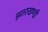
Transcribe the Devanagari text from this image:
झारखण्‍डी